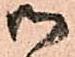
御